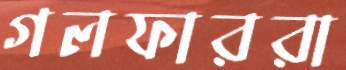
গলফাররা